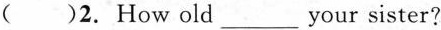
( )2. How old ___ your sister?